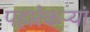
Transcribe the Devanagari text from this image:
पहारेकऱ्यां